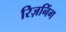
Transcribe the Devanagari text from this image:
रिज़निंग